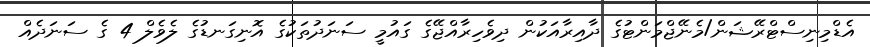
އެޑްމިނިސްޓްރޭޝަން/މެނޭޖްމަންޓުގެ ދާއިރާއަކުން ދިވެހިރާއްޖޭގެ ގައުމީ ސަނަދުތަކުގެ އޮނިގަނޑުގެ ލެވެލް 4 ގެ ސަނަދެއް